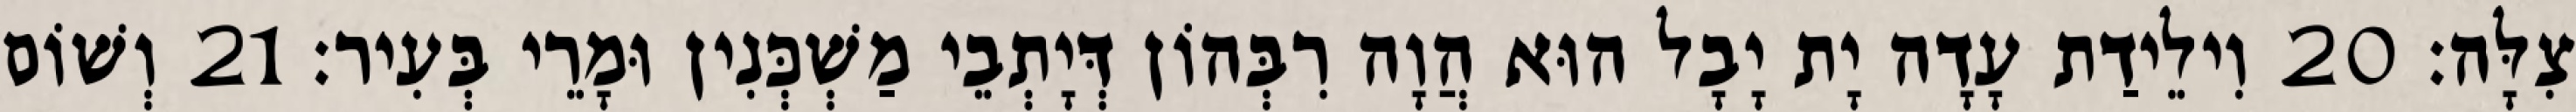
צִלָּה׃ 20 וִילֵידַת עָדָה יָת יָבָל הוּא הֲוָה רִבְּהוֹן דְּיָתְבֵי מַשְׁכְּנִין וּמָרֵי בְּעִיר׃ 21 וְשׁוֹם